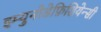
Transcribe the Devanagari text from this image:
इम्युनोडेफ़िशियेन्सी